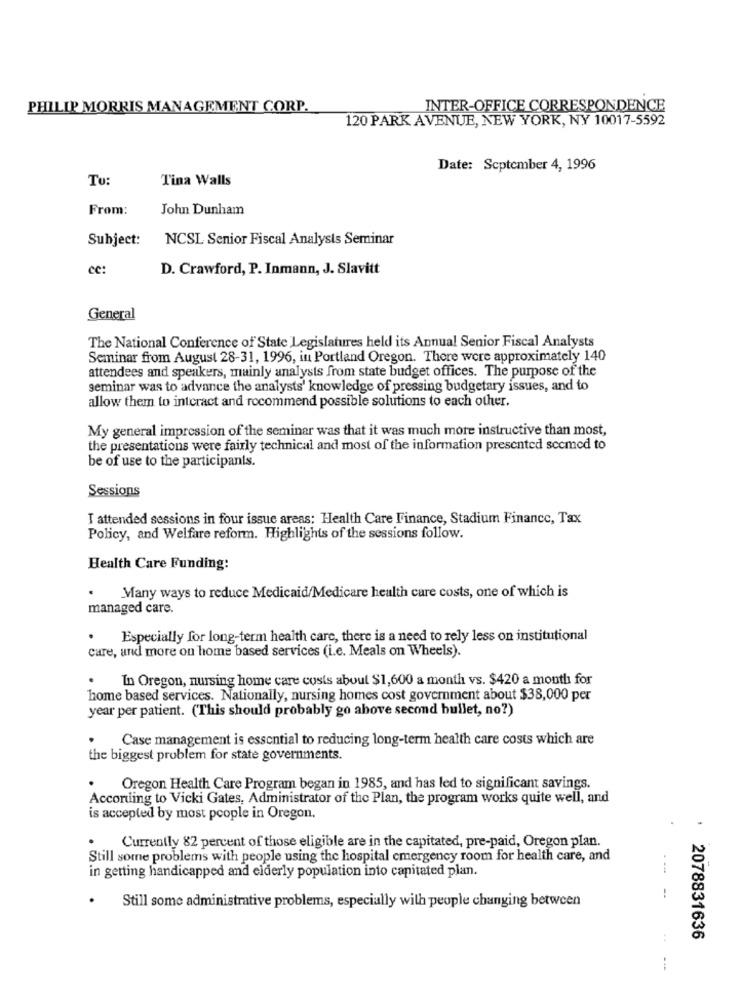
PHILIP MORRIS MANAGEMENT CORP.
INTER-OFFICE CORRESPONDENCE
120 PARK AVENUE, NEW YORK, NY 10017-5592
Date: September 4, 1996
Tu:
Tina Walls
From:
John Dunham
Subject:
NCSL Senior Fiscal Analysts Seminar
cc:
D. Crawford, P. Inmann, J. Slavitt
General
The National Conference of State Legislatures held its Annual Senior Fiscal Analysts
Seminar from August 28-31, 1996, in Portland Oregon. There were approximately 140
attendees and speakers, mainly analysts from state budget offices. The purpose of the
seminar was to advance the analysts' knowledge of pressing budgetary issues, and to
allow them to interact and recommend possible solutions to each other.
My general impression of the seminar was that it was much more instructive than most,
the presentations were fairly technical and most of the information presented sccmed to
be of use to the participants.
Sessions
I attended sessions in four issue areas: Health Care Finance, Stadium Finance, Tax
Policy, and Welfare reform. Highlights of the sessions follow.
Health Care Funding:
Many ways to reduce Medicaid/Medicare health care costs, one of which is
managed care.
.
Especially for long-term health care, there is a need to rely less on institutional
care, and more on home based services (i.e. Meals on Wheels).
In Oregon, nursing home care costs about $1,600 a month vs. $420 a month for
home based services. Nationally, nursing homes cost government about $38,000 per
year per patient. (This should probably go above second bullet, no?)
Case management is essential to reducing long-term health care costs which are
the biggest problem for state governments.
Oregon Health Care Program began in 1985, and has led to significant savings.
According to Vicki Gates, Administrator of the Plan, the program works quite well, and
is accepted by most people in Oregon.
.
Currently 82 percent of those eligible are in the capitated, pre-paid, Oregon plan.
Still some problems with people using the hospital emergency room for health care, and
in getting handicapped and elderly population into capitated plan.
---
.
-.
Still some administrative problems, especially with people changing between
: 2078831636